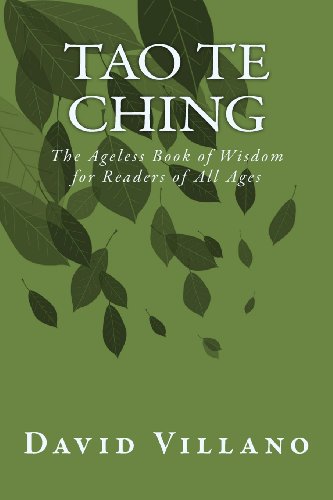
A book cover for Tao Te Ching: The Ageless Book of Wisdom for Readers of All Ages; David Villano; Religion & Spirituality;